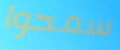
سمحوا